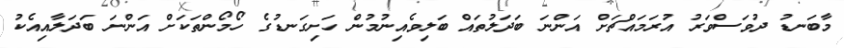
މާބަނޑު ދުވަސްވަރު އުރަމައްޗަށް އަންނަ ބަދަލުތައް ބަލިވެއިނުމުން ހަށިގަނޑުގެ ހޯމޯންތަކަށް އަންނަ ބަދަލާއިއެކު